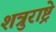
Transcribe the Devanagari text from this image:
शत्रुराष्ट्रे